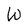
Character: W